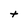
Character: t